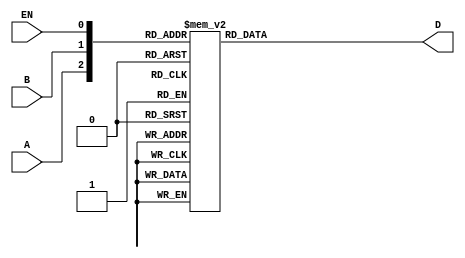
// This program was cloned from: https://github.com/tlimato/ee2390_final
// License: MIT License

// decoder2x4.v for EE 2390 Lab #4
`timescale 1ns / 1ps
module decoder2x4(D,A,B,EN);
    output  [3:0]   D;
    input   A, B, EN;
    reg     [3:0]   D;
    // Specify the module behavior by truth table
    always @(A,B,EN)
    begin
        case({A,B,EN})
            3'b000 : D=4'b1111;
            3'b001 : D=4'b1110;
            3'b010 : D=4'b1111;
            3'b011 : D=4'b1101;
            3'b100 : D=4'b1111;
            3'b101 : D=4'b1011;
            3'b110 : D=4'b1111;
            3'b111 : D=4'b0111;
            default: D=4'b1111;
        endcase
    end
endmodule